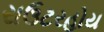
રાઉટરહોય